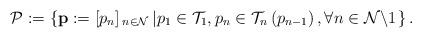
LaTeX: \begin{align*}\mathcal{P}:=\left\{ \mathbf{p}:=\left[p_{n}\right]{}_{n\in\mathcal{N}}\left|p_{1}\in\mathcal{T}_{1},p_{n}\in\mathcal{T}_{n}\left(p_{n-1}\right),\forall n\in\mathcal{N}\backslash{1}\right.\right\} .\end{align*}